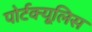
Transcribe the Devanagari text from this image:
पोर्टक्यूलिस